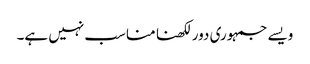
ویسے جمہوری دور لکھنا مناسب نہیں ہے۔